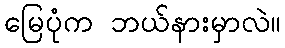
မြေပုံက ဘယ်နားမှာလဲ။